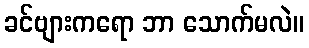
ခင်ဗျားကရော ဘာ သောက်မလဲ။